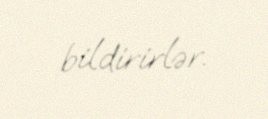
bildirirlər.